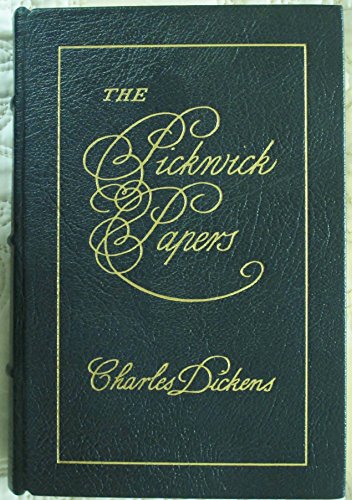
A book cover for The Pickwick Papers; Dickens Charles; Reference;